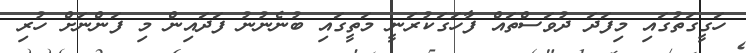
ހަގީގަތުގައި މިފަދަ ދުވަސްތައް ފާހަގަކުރަނީ މަތީގައި ބުނެނުނު ފަދައިން މި ފަންނަށް ހުރި